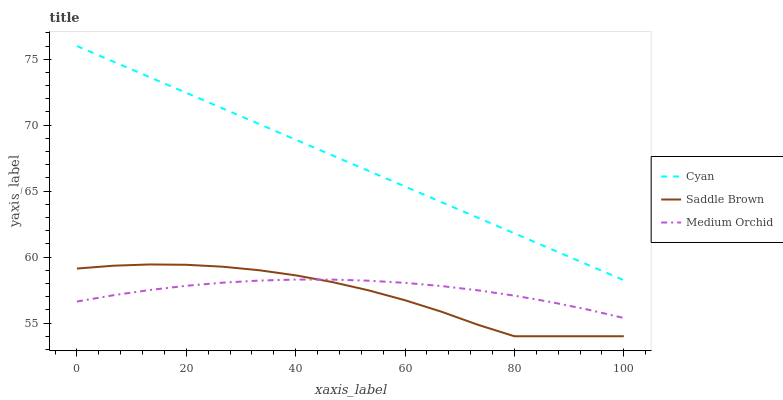
| xaxis_label | Cyan | Saddle Brown | Medium Orchid |
 | --- | --- | --- | --- |
 | 0 | 76 | 59.1 | 56.6 |
 | 6.67 | 74.8 | 59.3 | 57.1 |
 | 13.3 | 73.6 | 59.4 | 57.5 |
 | 20 | 72.4 | 59.4 | 57.8 |
 | 26.7 | 71.3 | 59.3 | 58.1 |
 | 33.3 | 70.1 | 59 | 58.2 |
 | 40 | 68.9 | 58.6 | 58.3 |
 | 46.7 | 67.7 | 58.1 | 58.3 |
 | 53.3 | 66.5 | 57.5 | 58.2 |
 | 60 | 65.3 | 56.7 | 58 |
 | 66.7 | 64.2 | 55.9 | 57.8 |
 | 73.3 | 63 | 54.9 | 57.5 |
 | 80 | 61.8 | 54 | 57.1 |
 | 86.7 | 60.6 | 54 | 56.6 |
 | 93.3 | 59.4 | 54 | 56 |
 | 100 | 58.2 | 54 | 55.4 |